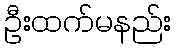
ဦးထက်မနည်း